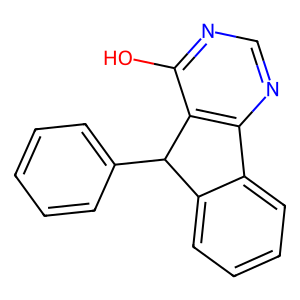
SMILES: Oc1ncnc2c1C(c1ccccc1)c1ccccc1-2
Inhibits HIV replication: No